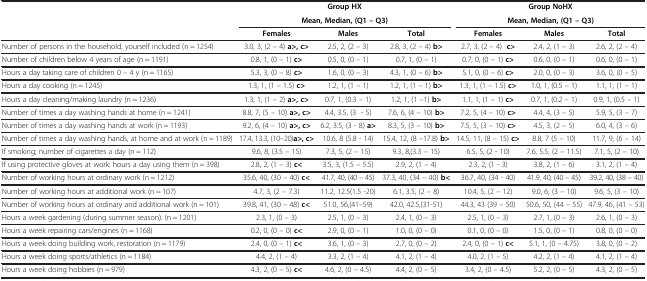
<table><thead><tr><td rowspan="2"><b> </b></td><td colspan="3"><b>Group HX</b></td><td colspan="3"><b>Group NoHX</b></td></tr><tr><td colspan="3"><b>Mean, Median, (Q1 – Q3)</b></td><td colspan="3"><b>Mean, Median, (Q1 – Q3)</b></td></tr><tr><td><b> </b></td><td><b>Females</b></td><td><b>Males</b></td><td><b>Total</b></td><td><b>Females</b></td><td><b>Males</b></td><td><b>Total</b></td></tr></thead><tbody><tr><td>Number of persons in the household, yourself included (n = 1254)</td><td>3.0, 3, (2 – 4) <b>a&gt;, c&gt;</b></td><td>2.5, 2, (2 – 3)</td><td>2.8, 3, (2 – 4) <b>b&gt;</b></td><td>2.7, 3, (2 – 4) <b>c&gt;</b></td><td>2.4, 2, (1 – 3)</td><td>2.6, 2, (2 – 4)</td></tr><tr><td>Number of children below 4 years of age (n = 1191)</td><td>0.8, 1, (0 – 1) <b>c&gt;</b></td><td>0.5, 0, (0 – 1)</td><td>0.7, 1, (0 – 1)</td><td>0.7, 0, (0 – 1) <b>c&gt;</b></td><td>0.6, 0, (0 – 1)</td><td>0.6, 0, (0 – 1)</td></tr><tr><td>Hours a day taking care of children 0 – 4 y (n = 1165)</td><td>5.3, 3, (0 – 8) <b>c&gt;</b></td><td>1.6, 0, (0 – 3)</td><td>4.3, 1, (0 – 6) <b>b&gt;</b></td><td>5.1, 0, (0 – 6) <b>c&gt;</b></td><td>2.0, 0, (0 – 3)</td><td>3.6, 0, (0 – 5)</td></tr><tr><td>Hours a day cooking (n = 1245)</td><td>1.3, 1, (1 – 1.5) <b>c&gt;</b></td><td>1.2, 1, (1 – 1)</td><td>1.2, 1, (1 – 1) <b>b&gt;</b></td><td>1.3, 1, (1 – 1.5) <b>c&gt;</b></td><td>1.0, 1, (0.5 – 1)</td><td>1.1, 1, (1 – 1)</td></tr><tr><td>Hours a day cleaning/making laundry (n = 1236)</td><td>1.3, 1, (1 – 2) <b>a&gt;, c&gt;</b></td><td>0.7, 1, (0.3 – 1)</td><td>1.2, 1, (1 –1) <b>b&gt;</b></td><td>1.1, 1, (1 – 1) <b>c&gt;</b></td><td>0.7, 1, (0.2 – 1)</td><td>0.9, 1, (0.5 – 1)</td></tr><tr><td>Number of times a day washing hands at home (n = 1241)</td><td>8.8, 7, (5 – 10) <b>a&gt;, c&gt;</b></td><td>4.4, 3.5, (3 - 5)</td><td>7.6, 6, (4 – 10) <b>b&gt;</b></td><td>7.2, 5, (4 – 10) <b>c&gt;</b></td><td>4.4, 4, (3 – 5)</td><td>5.9, 5, (3 – 7)</td></tr><tr><td>Number of times a day washing hands at work (n = 1193)</td><td>9.2, 6, (4 – 10) <b>a&gt;, c&gt;</b></td><td>6.2, 3.5, (3 - 8) <b>a&gt;</b></td><td>8.3, 5, (3 – 10) <b>b&gt;</b></td><td>7.5, 5, (3 – 10) <b>c&gt;</b></td><td>4.5, 3, (2 – 5)</td><td>6.0, 4, (3 – 6)</td></tr><tr><td>Number of times a day washing hands, at home and at work (n = 1189)</td><td>17.4, 13.3, (10–20)<b>a&gt;, c&gt;</b></td><td>10.6, 8 (5.8 - 14)</td><td>15.4, 12, (8 –17.8) <b>b&gt;</b></td><td>14.5, 11, (8 – 15) <b>c&gt;</b></td><td>8.8, 7 (5 – 10)</td><td>11.7, 9, (6 – 14)</td></tr><tr><td>If smoking; number of cigarettes a day (n = 112)</td><td>9.6, 8, (3.5 – 15)</td><td>7.3, 5, (2 – 15)</td><td>9.3, 8,(3.3 – 15)</td><td>6.5, 5, (2 - 10)</td><td>7.6, 5.5, (2 – 11.5)</td><td>7.1, 5, (2 – 10)</td></tr><tr><td>If using protective gloves at work: hours a day using them (n = 398)</td><td>2.8, 2, (1 – 3) <b>c&lt;</b></td><td>3.5, 3, (1.5 – 5.5)</td><td>2.9, 2, (1 – 4)</td><td>2.3, 2, (1 - 3)</td><td>3.8, 2, (1 – 6)</td><td>3.1, 2, (1 – 4)</td></tr><tr><td>Number of working hours at ordinary work (n = 1212)</td><td>35.6, 40, (30 – 40) <b>c&lt;</b></td><td>41.7, 40, (40 – 45)</td><td>37.3, 40, (34 – 40) <b>b&lt;</b></td><td>36.7, 40, (34 - 40)</td><td>41.9, 40, (40 – 45)</td><td>39.2, 40, (38 – 40)</td></tr><tr><td>Number of working hours at additional work (n = 107)</td><td>4.7, 3, (2 – 7.3)</td><td>11.2, 12.5(1.5 -20)</td><td>6.1, 3.5, (2 – 8)</td><td>10.4, 5, (2 – 12)</td><td>9.0, 6, (3 – 10)</td><td>9.6, 5, (3 – 10)</td></tr><tr><td>Number of working hours at ordinary and additional work (n = 101)</td><td>39.8, 41, (30 – 48) <b>c&lt;</b></td><td>51.0, 56,(41–59)</td><td>42.0, 42.5,(31-51)</td><td>44.3, 43 (39 – 50)</td><td>50.6, 50, (44 – 55)</td><td>47.9, 46, (41 – 53)</td></tr><tr><td>Hours a week gardening (during summer season). (n = 1201)</td><td>2.3, 1, (0 – 3)</td><td>2.5, 1, (0 – 3)</td><td>2.4, 1, (0 – 3)</td><td>2.5, 1, (0 – 3)</td><td>2.7, 1, (0 – 3)</td><td>2.6, 1, (0 – 3)</td></tr><tr><td>Hours a week repairing cars/engines (n = 1168)</td><td>0.2, 0, (0 – 0) <b>c&lt;</b></td><td>2.9, 0, (0 – 1)</td><td>1.0, 0, (0 – 0)</td><td>0.1, 0, (0 – 0)</td><td>1.5, 0, (0 – 1)</td><td>0.8, 0, (0 – 0)</td></tr><tr><td>Hours a week doing building work, restoration (n = 1179)</td><td>2.4, 0, (0 – 1) <b>c&lt;</b></td><td>3.6, 1, (0 – 3)</td><td>2.7, 0, (0 – 2)</td><td>2.4, 0, (0 – 1) <b>c&lt;</b></td><td>5.1, 1, (0 – 4.75)</td><td>3.8, 0, (0 – 2)</td></tr><tr><td>Hours a week doing sports/athletics (n = 1184)</td><td>4.4, 2, (1 – 4)</td><td>3.3, 2, (1 – 4)</td><td>4.1, 2, (1 – 4)</td><td>4.0, 2, (1 – 5)</td><td>4.2, 2, (1 – 4)</td><td>4.1, 2, (1 – 4)</td></tr><tr><td>Hours a week doing hobbies (n = 979)</td><td>4.3, 2, (0 – 5) <b>c&lt;</b></td><td>4.6, 2, (0 – 4.5)</td><td>4.4, 2, (0 – 5)</td><td>3.4, 2, (0 – 4.5)</td><td>5.2, 2, (0 – 5)</td><td>4.3, 2, (0 – 5)</td></tr></tbody></table>